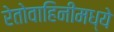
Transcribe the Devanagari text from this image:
रेतोवाहिनीमध्ये